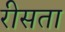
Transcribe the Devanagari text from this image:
रीसता